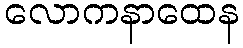
လောကနာထေန